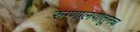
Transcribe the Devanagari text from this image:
रुग्णालयातूनच